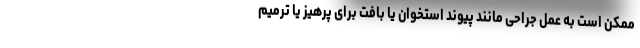
ممکن است به عمل جراحی مانند پیوند استخوان یا بافت برای پرهیز یا ترمیم